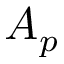
A _ { p }